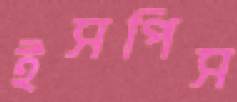
ইসপিস